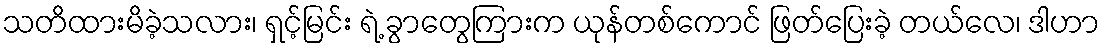
သတိထားမိခဲ့သလား၊ ရှင့်မြင်း ရဲ့ ခွာတွေကြားက ယုန်တစ်ကောင် ဖြတ်ပြေးခဲ့ တယ်လေ၊ ဒါဟာ